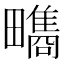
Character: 𤳬